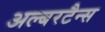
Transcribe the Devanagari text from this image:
अल्बरटैन्स